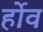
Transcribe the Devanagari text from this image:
र्होव